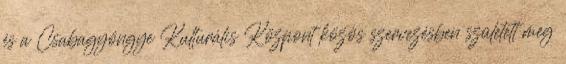
és a Csabagyöngye Kulturális Központ közös szervezésben született meg